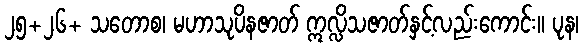
၂၅+၂၆+ သတောစ၊ မဟာသုပိနဇာတ် ဣလ္လိသဇာတ်နှင့်လည်းကောင်း။ ပုန၊